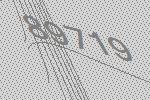
89719